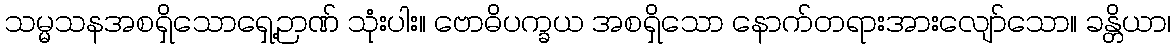
သမ္မသနအစရှိသောရှေ့ဉာဏ် သုံးပါး။ ဗောဓိပက္ခယ အစရှိသော နောက်တရားအားလျော်သော။ ခန္တိယာ၊